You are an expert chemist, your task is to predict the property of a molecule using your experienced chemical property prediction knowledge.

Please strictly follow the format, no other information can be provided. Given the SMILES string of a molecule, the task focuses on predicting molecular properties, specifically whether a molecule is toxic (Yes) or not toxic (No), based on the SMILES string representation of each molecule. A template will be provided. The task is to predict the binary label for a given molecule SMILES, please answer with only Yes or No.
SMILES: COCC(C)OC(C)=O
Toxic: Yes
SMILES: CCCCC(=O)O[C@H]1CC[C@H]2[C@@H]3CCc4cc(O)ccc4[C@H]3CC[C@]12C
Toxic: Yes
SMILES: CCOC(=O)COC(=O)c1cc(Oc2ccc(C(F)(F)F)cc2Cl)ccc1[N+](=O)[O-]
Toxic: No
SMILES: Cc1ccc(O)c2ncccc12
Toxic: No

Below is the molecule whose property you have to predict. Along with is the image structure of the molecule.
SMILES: CCCCCCOc1ccccc1C(N)=O
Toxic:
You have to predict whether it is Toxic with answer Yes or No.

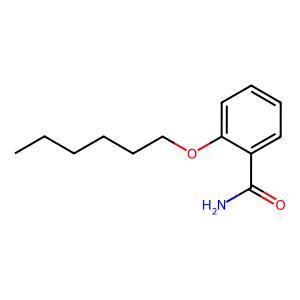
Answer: No